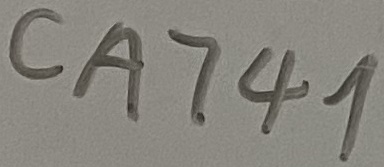
Text: CA741